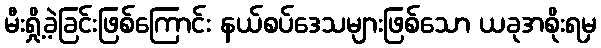
မီးရှို့ခဲ့ခြင်းဖြစ်ကြောင်း နယ်စပ်ဒေသများဖြစ်သော ယခုအစိုးရမှ